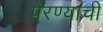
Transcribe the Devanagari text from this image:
पेरण्याची